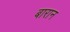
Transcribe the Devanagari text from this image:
बारान